Insane asylums Bombay 1873-77 - 1873-1877
Year: 1873
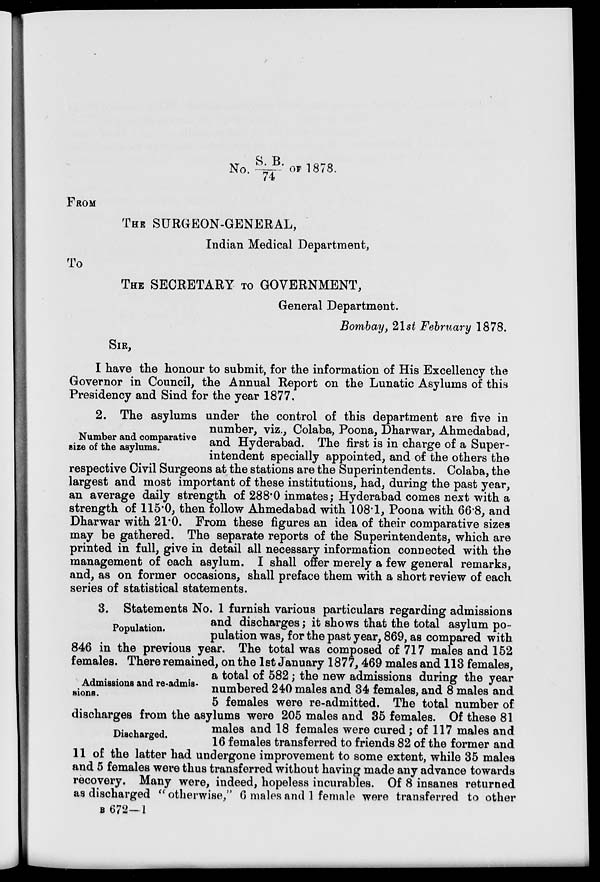
No. S.B./74 OF 1878.
FROM
THE SURGEON-GENERAL,
Indian Medical Department,
To
THE SECRETARY TO GOVERNMENT,
General Department.
Bombay, 21st February 1878.
SIR,
I have the honour to submit, for the information of His Excellency the
Governor in Council, the Annual Report on the Lunatic Asylums of this
Presidency and Sind for the year 1877.
Number and comparative
size of the asylums.
2. The asylums under the control of this department are five in
number, viz., Colaba, Poona, Dharwar, Ahmedabad,
and Hyderabad. The first is in charge of a Super-
intendent specially appointed, and of the others the
respective Civil Surgeons at the stations are the Superintendents. Colaba, the
largest and most important of these institutions, had, during the past year,
an average daily strength of 288.0 inmates; Hyderabad comes next with a
strength of 115.0, then follow Ahmedabad with 108.1, Poona with 66.8, and
Dharwar with 21.0. From these figures an idea of their comparative sizes
may be gathered. The separate reports of the Superintendents, which are
printed in full, give in detail all necessary information connected with the
management of each asylum. I shall offer merely a few general remarks,
and, as on former occasions, shall preface them with a short review of each
series of statistical statements.
Population.
Admissions and re-admis-
sions.
Discharged.
3. Statements No. 1 furnish various particulars regarding admissions
and discharges; it shows that the total asylum po-
pulation was, for the past year, 869, as compared with
846 in the previous year. The total was composed of 717 males and 152
females. There remained, on the 1st January 1877, 469 males and 113 females,
a total of 582 ; the new admissions during the year
numbered 240 males and 34 females, and 8 males and
5 females were re-admitted. The total number of
discharges from the asylums were 205 males and 35 females. Of these 81
males and 18 females were cured ; of 117 males and
16 females transferred to friends 82 of the former and
11 of the latter had undergone improvement to some extent, while 35 males
and 5 females were thus transferred without having made any advance towards
recovery. Many were, indeed, hopeless incurables. Of 8 insanes returned
as discharged "otherwise," 6 males and 1 female were transferred to other
B 672—1